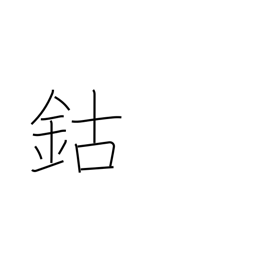
Meaning: cobalt